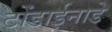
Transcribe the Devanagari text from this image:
टोंडाईनाडे